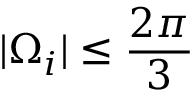
| \Omega _ { i } | \leq \frac { 2 \pi } { 3 }